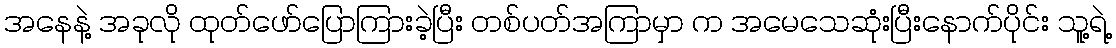
အနေနဲ့ အခုလို ထုတ်ဖော်ပြောကြားခဲ့ပြီး တစ်ပတ်အကြာမှာ က အမေသေဆုံးပြီးနောက်ပိုင်း သူ့ရဲ့